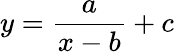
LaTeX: y={\frac{a}{x-b}}+c